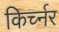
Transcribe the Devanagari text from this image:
किर्च्नर